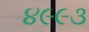
૪૯૯૩